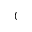
\mathcal { C }